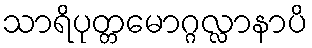
သာရိပုတ္တမောဂ္ဂလ္လာနာပိ